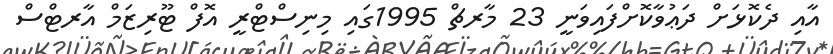
އާއި ދެކޮޅަށް ދަޢުވާކޮށްފައިވަނީ 23 މާރޗް 1995ގައި މިނިސްޓްރީ އޮފް ޓޫރިޒަމް އާރޓްސް